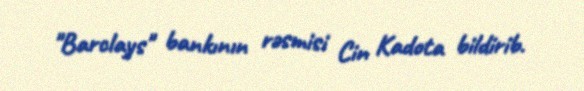
"Barclays" bankının rəsmisi Cin Kadota bildirib.